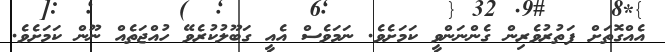
އެއްގޮތަށް ފަތުރުވެރިން ގެންނަންވީ ކަމަށެވެ. ނަމަވެސް އެއީ ގަބޫލުކުރެވޭ ހުއްޖަތެއް ނޫން ކަމަށެވެ.